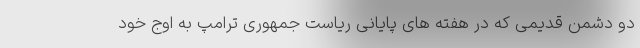
دو دشمن قدیمی که در هفته های پایانی ریاست جمهوری ترامپ به اوج خود